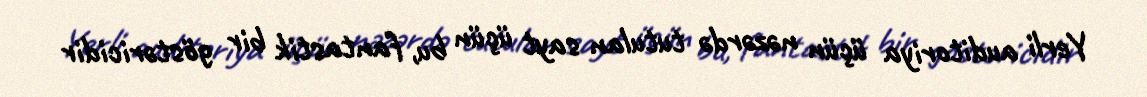
Yerli auditoriya üçün nəzərdə tutulan sayt üçün bu, fantastik bir göstəricidir